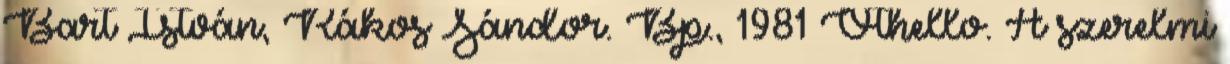
Bart István, Rákos Sándor. Bp., 1981 Othello. A szerelmi